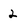
Character: 2